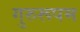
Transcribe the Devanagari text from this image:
गुरुरूपम